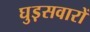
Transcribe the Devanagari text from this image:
घुड़़सवारों